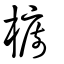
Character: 櫥